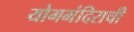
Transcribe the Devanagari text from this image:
योगमंदिराची